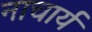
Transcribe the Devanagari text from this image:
नाचार्य